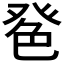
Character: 𦫔